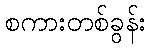
စကားတစ်ခွန်း